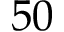
5 0